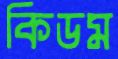
কিডম